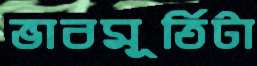
ভাবমূর্তিটা